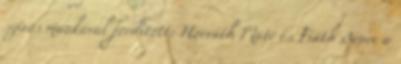
szívós munkával fordított: Horváth Máté és Fiáth Bence a